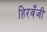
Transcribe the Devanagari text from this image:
हिरवँजी